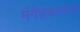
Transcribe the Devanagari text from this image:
मंगेशकरच्या